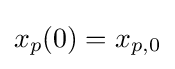
x_{p}(0)=x_{p,0}